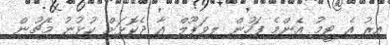
އިރު އެ ޓީމު އެންމެ ފަހުން ލިވަޕޫލް އާ ދެކޮޅަށް ކުޅުނު މެޗުން